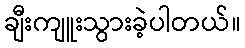
ချီးကျူးသွားခဲ့ပါတယ်။